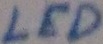
Text: LED